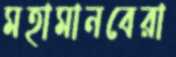
মহামানবেরা